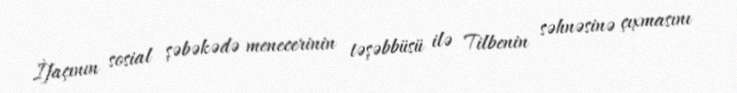
İfaçının sosial şəbəkədə menecerinin təşəbbüsü ilə Tilbenin səhnəsinə çıxmasını